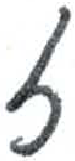
אות: ז